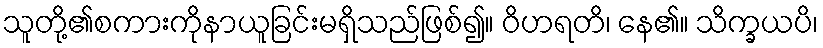
သူတို့၏စကားကိုနာယူခြင်းမရှိသည်ဖြစ်၍။ ဝိဟရတိ၊ နေ၏။ သိက္ခယပိ၊